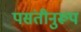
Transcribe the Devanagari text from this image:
पसंतीनुरूप